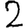
Digit: 2